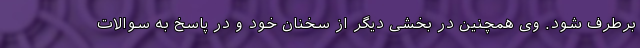
برطرف شود. وی همچنین در بخشی دیگر از سخنان خود و در پاسخ به سوالات